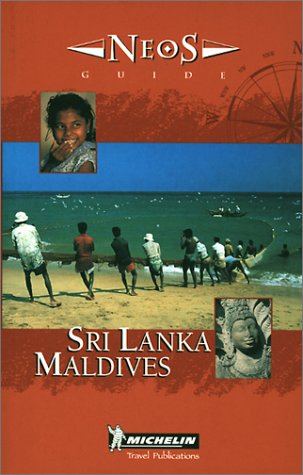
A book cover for Michelin NEOS Guide Sri Lanka Maldives, 1e (NEOS Guide); Michelin Travel Publications; Travel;